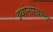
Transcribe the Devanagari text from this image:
झ्वोनारेवाला